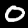
Label: 0